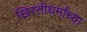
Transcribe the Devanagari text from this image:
ख्रिस्तीधर्माच्या